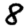
Digit: 8